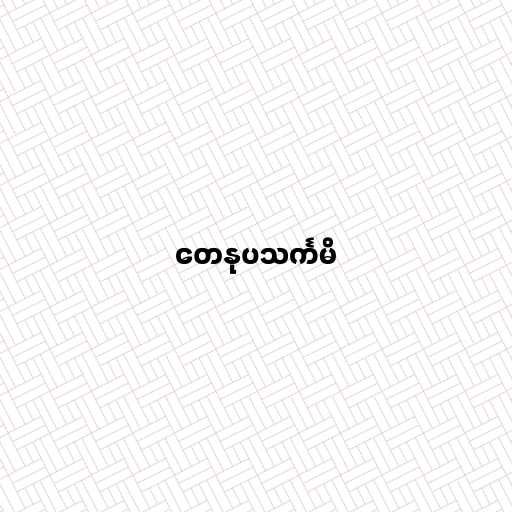
တေနုပသင်္ကမိ